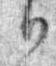
日